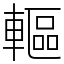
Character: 䡱